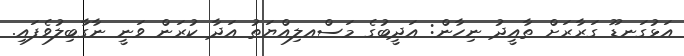
އަޅުގަނޑޫ ގަރާރަށް ތާއީދު ނިހާން: އަދީބުގެ މަސްއލިއްޔަތު އަދާ ކުރަން ވަނީ ނާގާބިލުވެފައި.